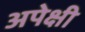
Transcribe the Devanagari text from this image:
अपेक्षी